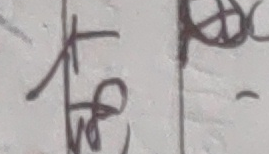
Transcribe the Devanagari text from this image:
हरि